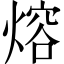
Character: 熔